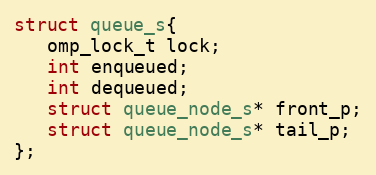
Language: C
struct queue_s{
   omp_lock_t lock;
   int enqueued;
   int dequeued;
   struct queue_node_s* front_p;
   struct queue_node_s* tail_p;
};